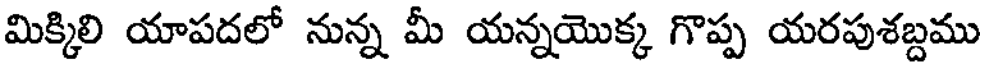
మిక్కిలి యాపదలో నున్న మీ యన్నయొక్క గొప్ప యరపుశబ్దము